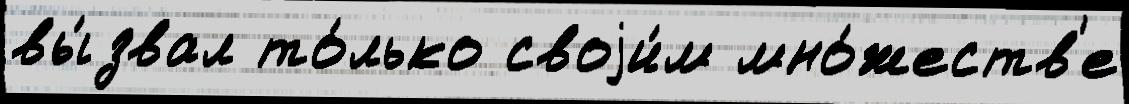
вы́звал то́лько своjи́м мно́жеств'е